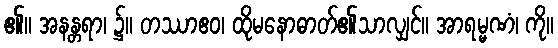
၏။ အနန္တရာ၊ ၌။ တဿာဧဝ၊ ထိုမနောဓာတ်၏သာလျှင်။ အာရမ္မဏံ၊ ကို။